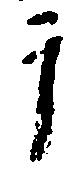
テ